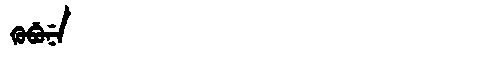
Manchu: ᡴᡠᠪᡠᠨᡝ
Romanization: KUBUNE